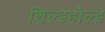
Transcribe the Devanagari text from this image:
शिल्डहोल्ड